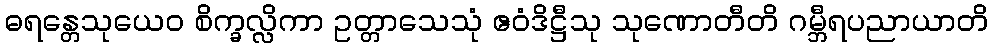
ဓရန္တေသုယေဝ စိက္ခလ္လိကာ ဥတ္တာသေသုံ ဧဝံဒိဋ္ဌီသု သုဏောတီတိ ဂမ္ဘီရပညာယာတိ